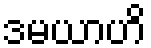
ဒမယာဟိ